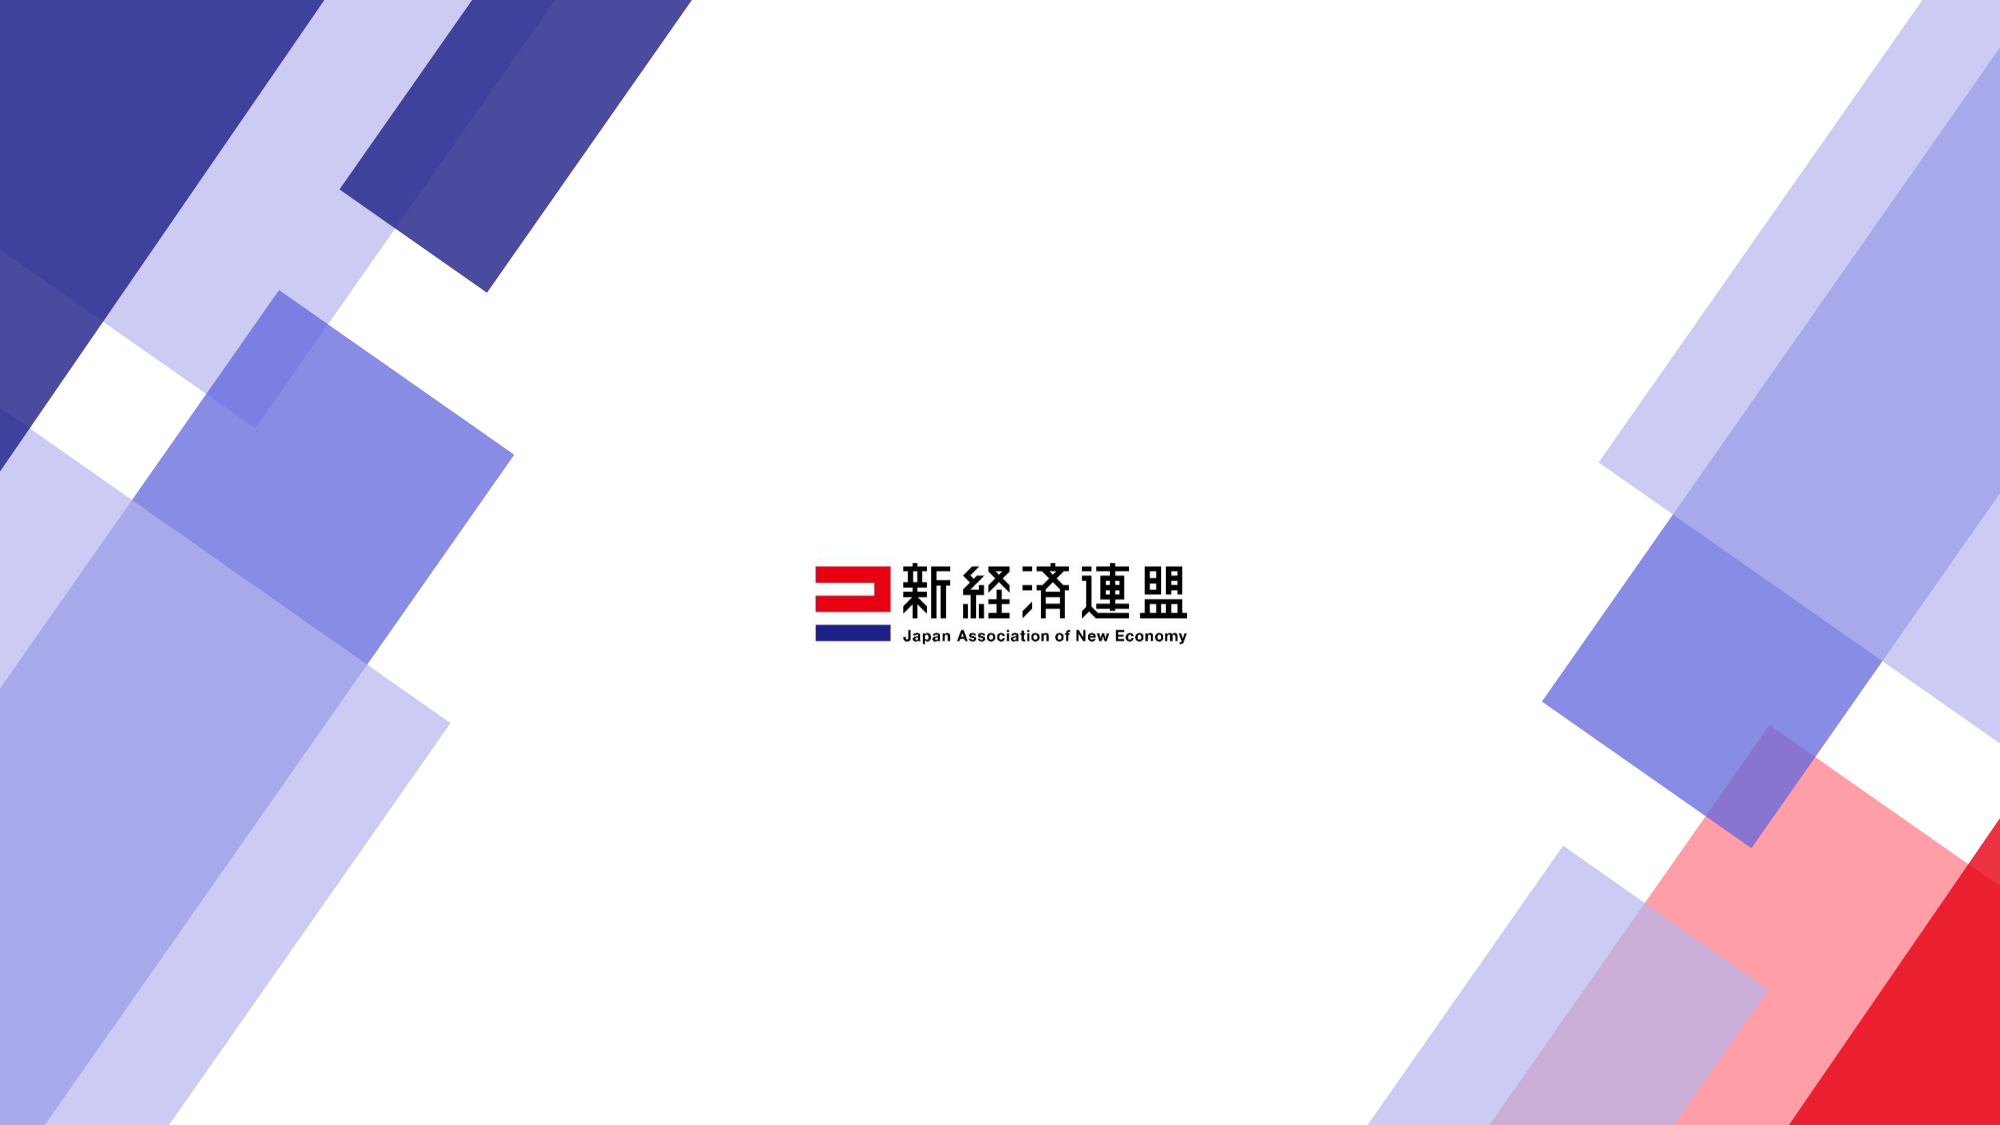
新経済連盟
Japan Association of New Economy